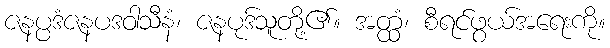
ဇနပ္ပဒံဇနပဒဝါသီနံ၊ ဇနပုဒ်သူတို့၏။ အတ္ထံ၊ စီရင်ဖွယ်အရေးကို။